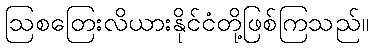
ဩစတြေးလိယားနိုင်ငံတို့ဖြစ်ကြသည်။